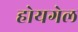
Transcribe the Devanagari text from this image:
होयगेल